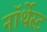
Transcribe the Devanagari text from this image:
नॉर्थेस्ट